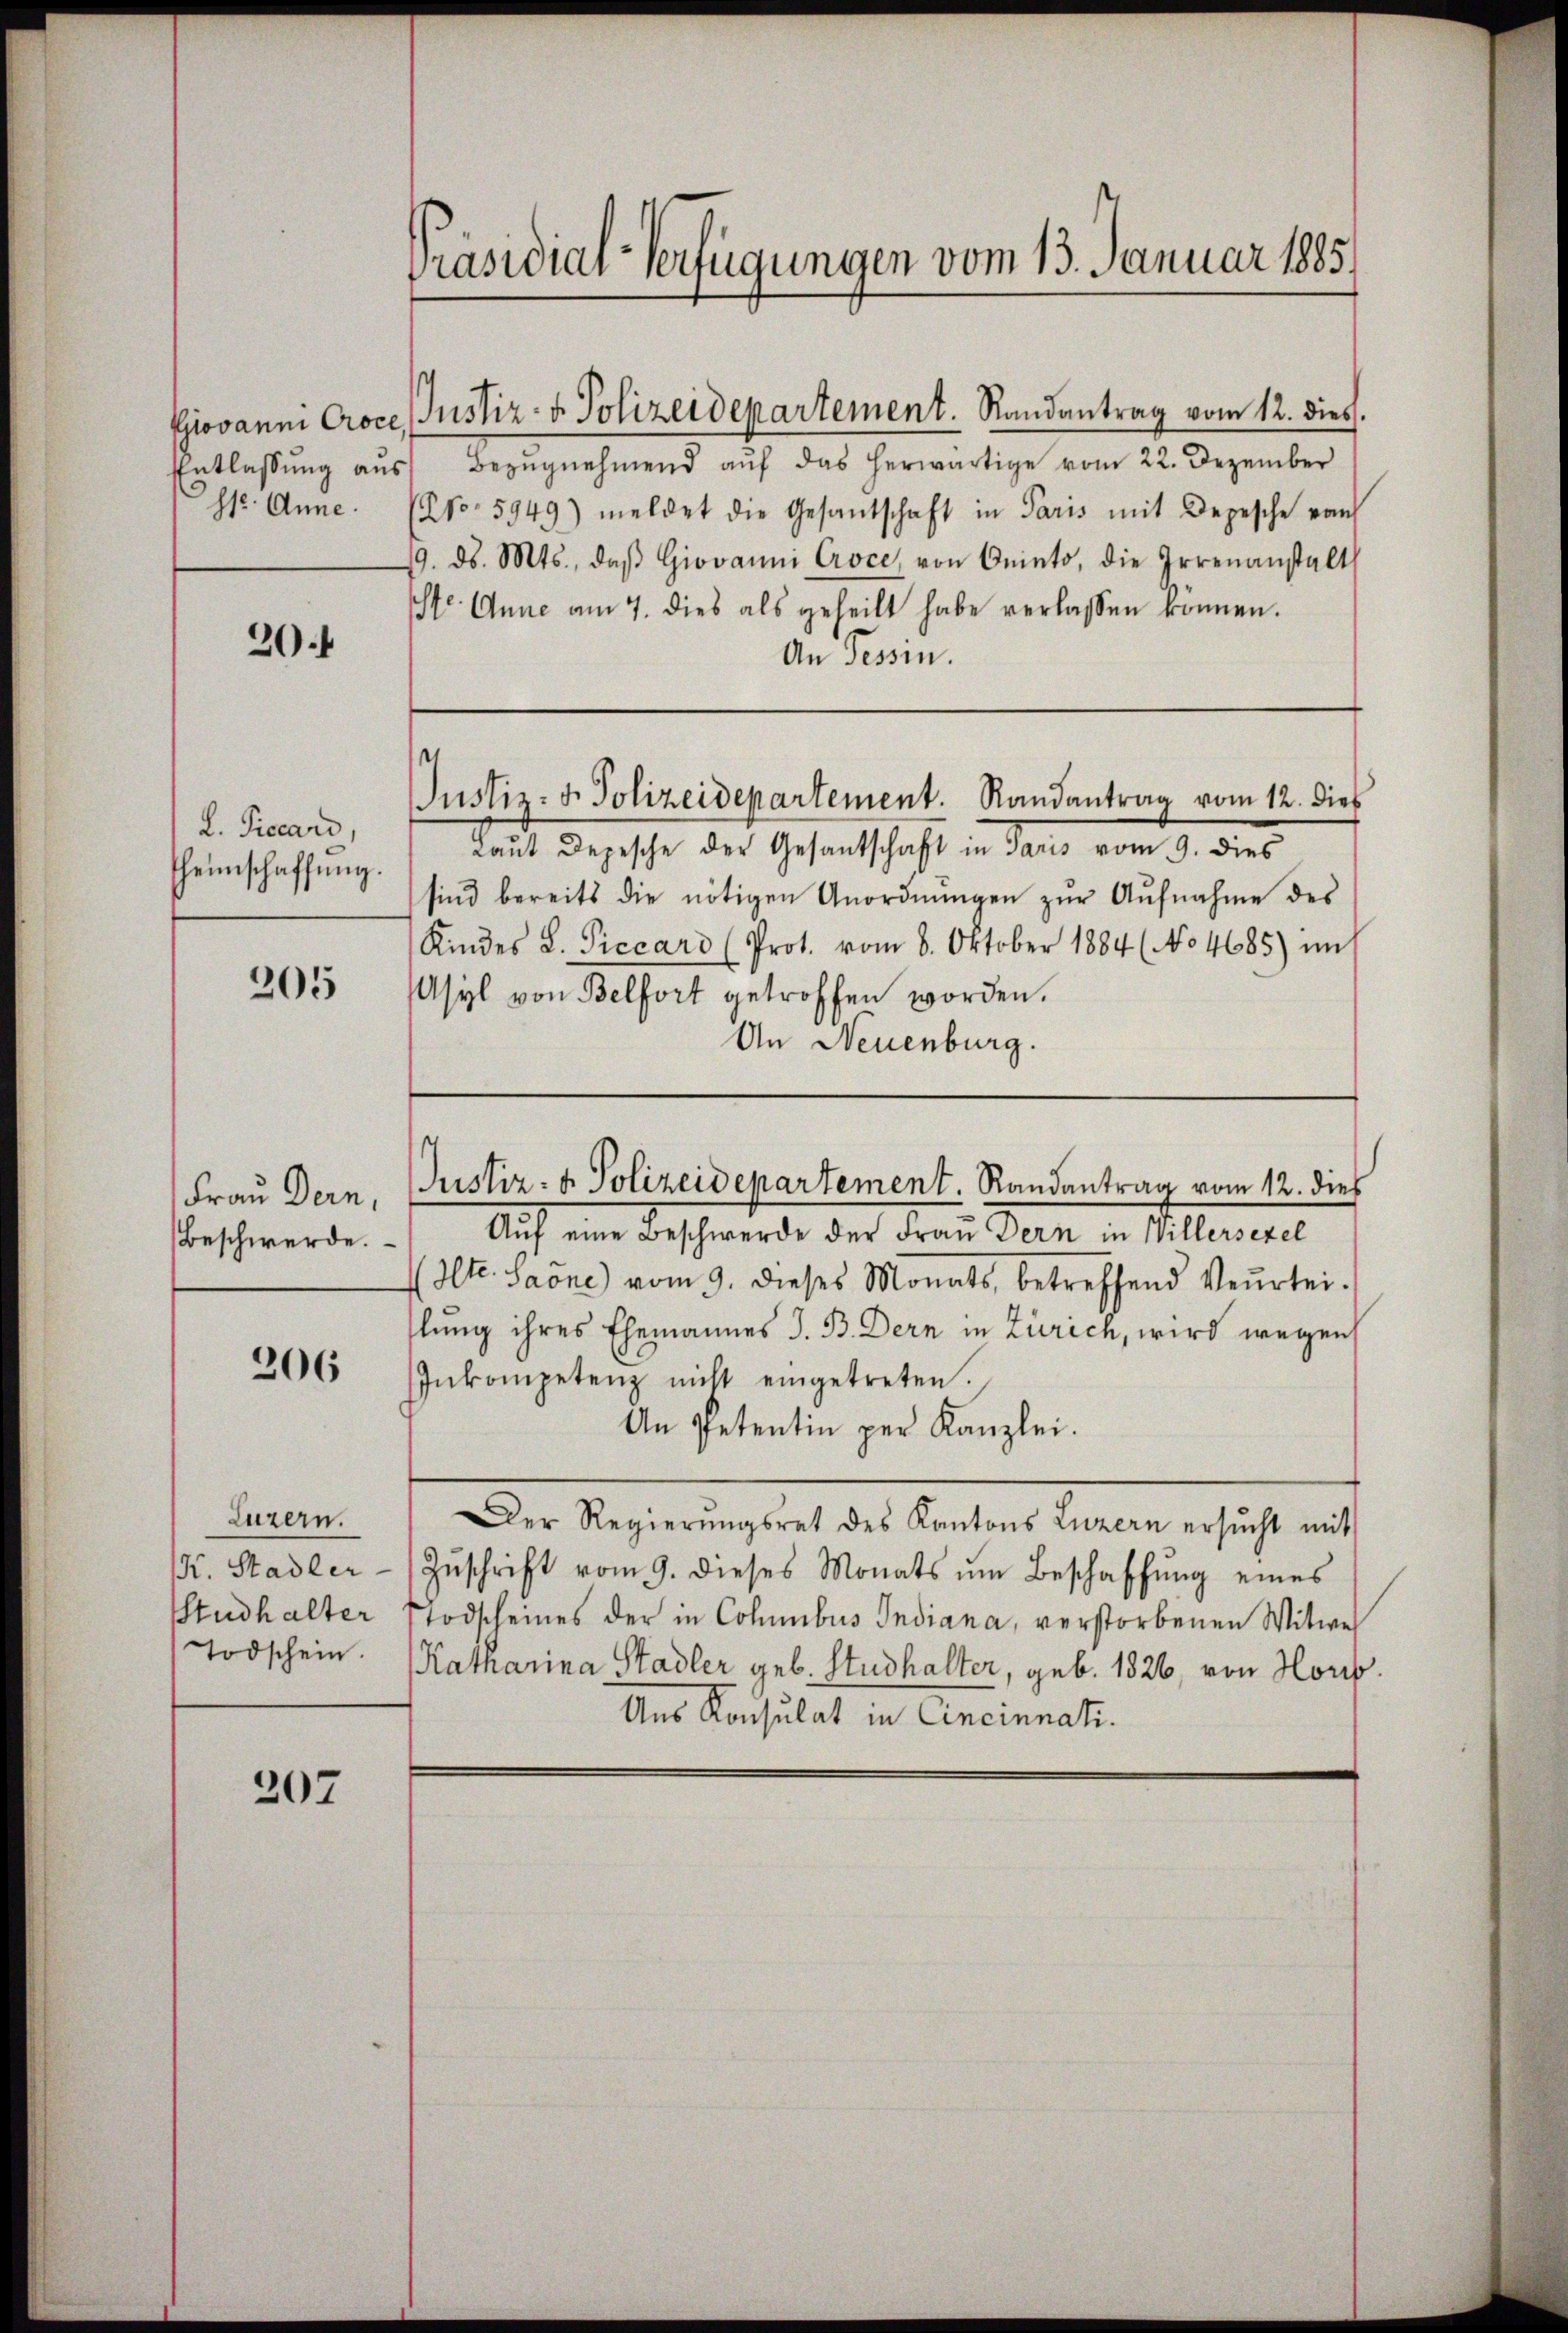
Giovanni Proce
Entlassung aus
str. Anne.

20.

L. Piccard
heimschaffung.

205

Frau Dein,
Beschwerde.

206

Luzern.
M. Stadler
tudhalter
Todschein.

207

Präsidial-Verfügungen vom 13. Januar 1885.

Bezŭgnehmend aŭf das herwärtige vom 22. Dezember
No. 5949) meldet die Gesandtschaft in Paris mit Depesche vom
9. ds. Mts., daβ Giovanni Croce, von Oniato, die Irrenanstalt
Str. Anne am 7. dies als geheilt habe verlassen können.
An Tessin.
Justiz- & Polizeidepartement. Randantrag vom 12. dies
Laut Depesche der Gesandtschaft in Paris vom 9. dies
sind bereits die nötigen Anordnŭngen zŭr Aŭfnahme des
Kindes L. Piccaro (Prot. vom 8. Oktober 1884 (No 4685) im
Asyl von Belfort getroffen worden.
An Neuenburg.

Justiz- & Polizeidepartement. Randantrag vom 12. dies.

Auf eine Beschwerde der Frau Dern in Willersezel
Ilte. Saone) vom 9. dieses Monats, betreffend Veŭrtei-
slung ihres Ehemannes J. B. Dern in Zürich, wird wegen
Inkompetenz nicht eingetreten.
An Petentin per Kanzlei.
Der Regierŭngsrat des Kantons Luzern ersŭcht mit
Zŭschrift vom 9. dieses Monats ŭm Beschaffŭng eines
Todscheines der in Columbus Indiana, verstorbenen Witwe,
Katharina Stadler geb. Studhalter, geb. 1826, von Horis
Aus Konsulat in Cincinnati.

Justiz- & Polizeidepartement. Randantrag vom 12. dies